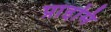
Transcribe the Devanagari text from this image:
प्राइमि